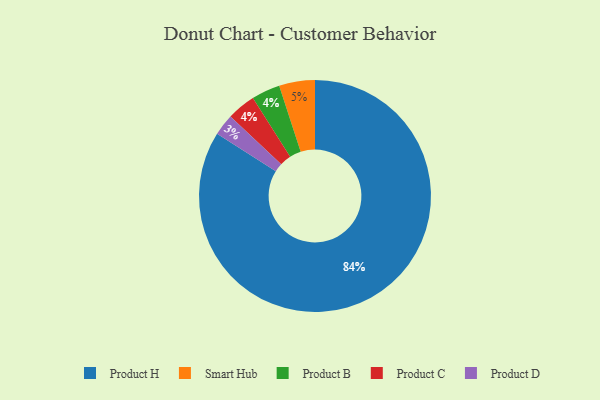
{"axis": {"x": "Category", "y": "Percentage"}, "legend": ["Product B", "Product C", "Product D", "Product H", "Smart Hub"], "data": [{"x": "Product H", "y": 84, "type": "Product H"}, {"x": "Smart Hub", "y": 5, "type": "Smart Hub"}, {"x": "Product B", "y": 4, "type": "Product B"}, {"x": "Product D", "y": 3, "type": "Product D"}, {"x": "Product C", "y": 4, "type": "Product C"}]}